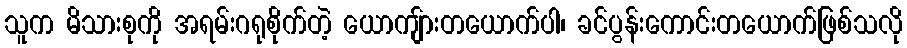
သူက မိသားစုကို အရမ်းဂရုစိုက်တဲ့ ယောကျ်ားတယောက်ပါ၊ ခင်ပွန်းကောင်းတယောက်ဖြစ်သလို